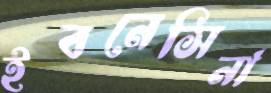
ইবনেসিনা